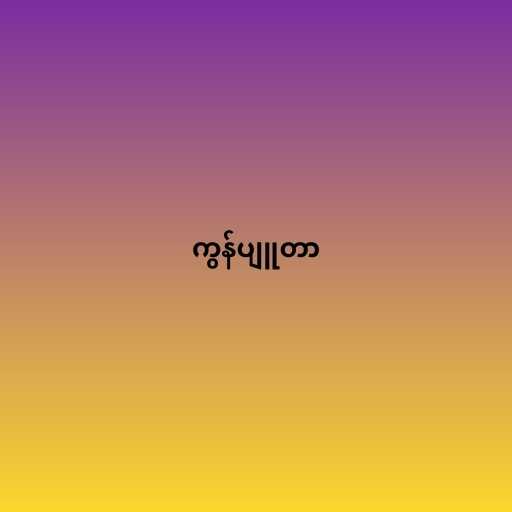
ကွန်ပျူတာ